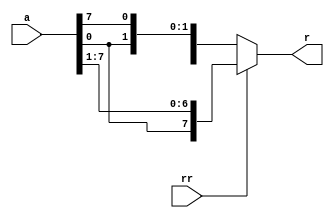
// Created by Jeevaka Dassanayake on 4/30/18.
//   Copyright (c) 2018 Jeevaka Dassanayake.

`timescale 1ns / 1ps

module RorL( input [7:0] a, input rr, output reg [7:0] r );

	always @*
	begin
		if ( rr )
			begin
			r = { a[0], a[7:1] };
			end
		else
			begin
			r = { a[6:0], a[7] };
			end
	end

endmodule